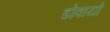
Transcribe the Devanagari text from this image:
डोवायो